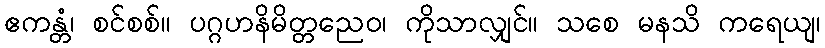
ဧကန္တံ၊ စင်စစ်။ ပဂ္ဂဟနိမိတ္တညေဝ၊ ကိုသာလျှင်။ သစေ မနသိ ကရေယျ၊